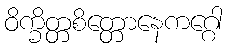
ဝိက္ခိတ္တစိတ္တောနေကဂ္ဂေါ